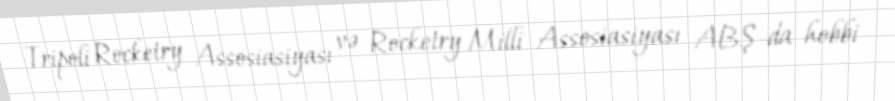
Tripoli Rocketry Assosiasiyası və Rocketry Milli Assosiasiyası ABŞ-da hobbi